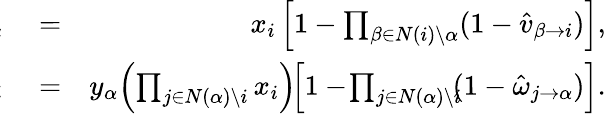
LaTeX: \begin{array}{rlr}{\! \! \! \! \! \! \! \! \! \! \! \! \hat{\omega}_{i\rightarrow\alpha}}&{{}=}&{x_{i}\left[1-\prod_{\beta\in N(i)\setminus\alpha}(1-\hat{v}_{\beta\rightarrow i})\right],}\\ {\! \! \! \! \! \! \! \! \! \! \! \! \hat{v}_{\alpha\rightarrow i}}&{{}=}&{y_{\alpha}\! \left(\prod_{j\in N(\alpha)\setminus i}x_{i}\right)\! \! \left[1-\! \prod_{j\in N(\alpha)\setminus i}\! \! (1-\hat{\omega}_{j\rightarrow\alpha})\right].}\end{array}